Document type: Sale
Year: 1326
Scribe: Bartomeu Marc
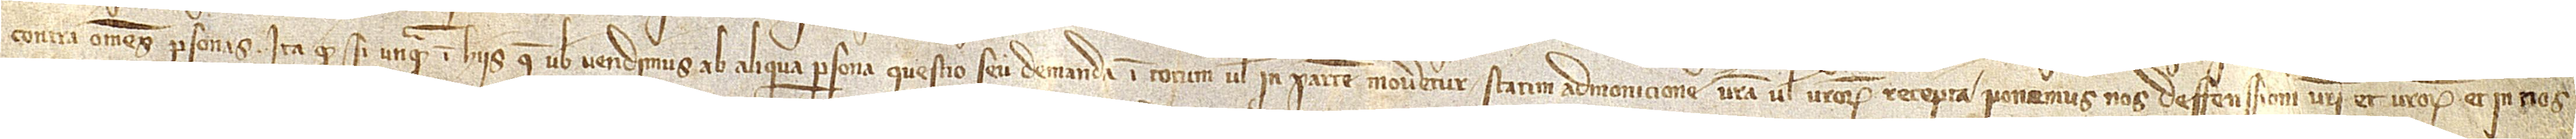
contra omnes personas. Ita quod si unquam in hiis que vobis vendimus ab aliqua persona questio seu demanda in totum vel in partem moveretur, statim admonicione vestra vel vestrorum recepta ponemus nos deffensioni vestri et vestrorum et in nos